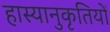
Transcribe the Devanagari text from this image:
हास्यानुकृतियों